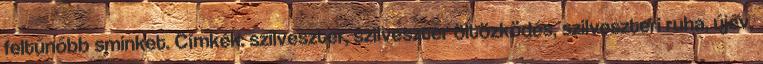
feltűnőbb sminket. Címkék: szilveszter, szilveszter öltözködés, szilveszteri ruha, újév,